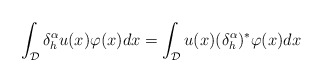
\begin{align*}\int_{\mathcal{D}}\delta_{h}^{\alpha}u(x) \varphi(x)dx = \int_{\mathcal{D}}u(x) (\delta_{h}^{\alpha})^*\varphi(x)dx\end{align*}